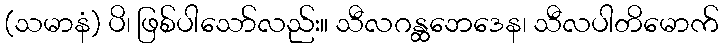
(သမာနံ) ပိ၊ ဖြစ်ပါသော်လည်း။ သီလဂန္ထဘေဒေန၊ သီလပါတိမောက်